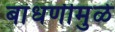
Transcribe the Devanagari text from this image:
बांधणीमुळे